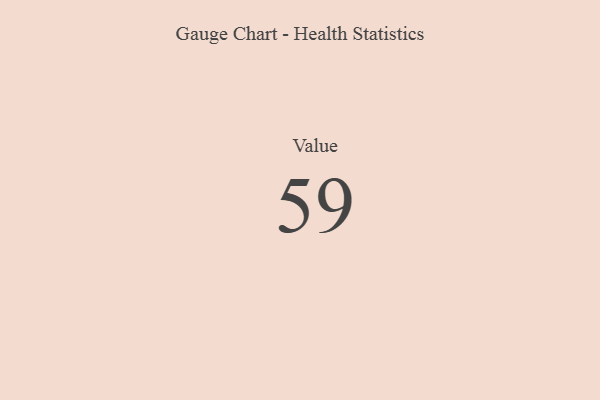
{"axis": {"x": "Metric", "y": "Value"}, "legend": [""], "data": [{"x": "Value", "y": 59, "type": ""}]}